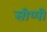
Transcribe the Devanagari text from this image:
सीप्पी